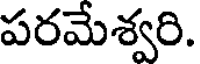
పరమేశ్వరి.